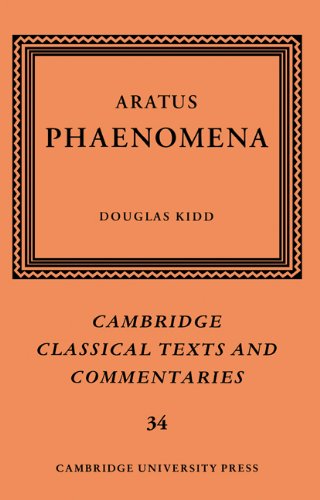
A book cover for Aratus: Phaenomena (Cambridge Classical Texts and Commentaries); Aratus; Literature & Fiction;